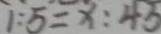
1 : 5 = x : 4 5